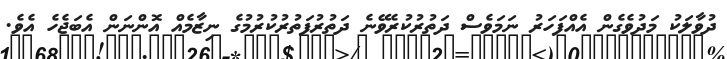
ދުވާލަކު މަދުވެގެން އެއްފަހަރު ނަމަވެސް ދަތުރުކުރެވޭނެ ދަތުރުފަތުރުކުރުމުގެ ނިޒާމެއް އޮންނަން އެބަޖެހެ އެވެ.